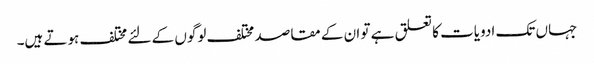
جہاں تک ادویات کا تعلق ہے تو ان کے مقاصد مختلف لوگوں کے لئے مختلف ہوتے ہیں۔